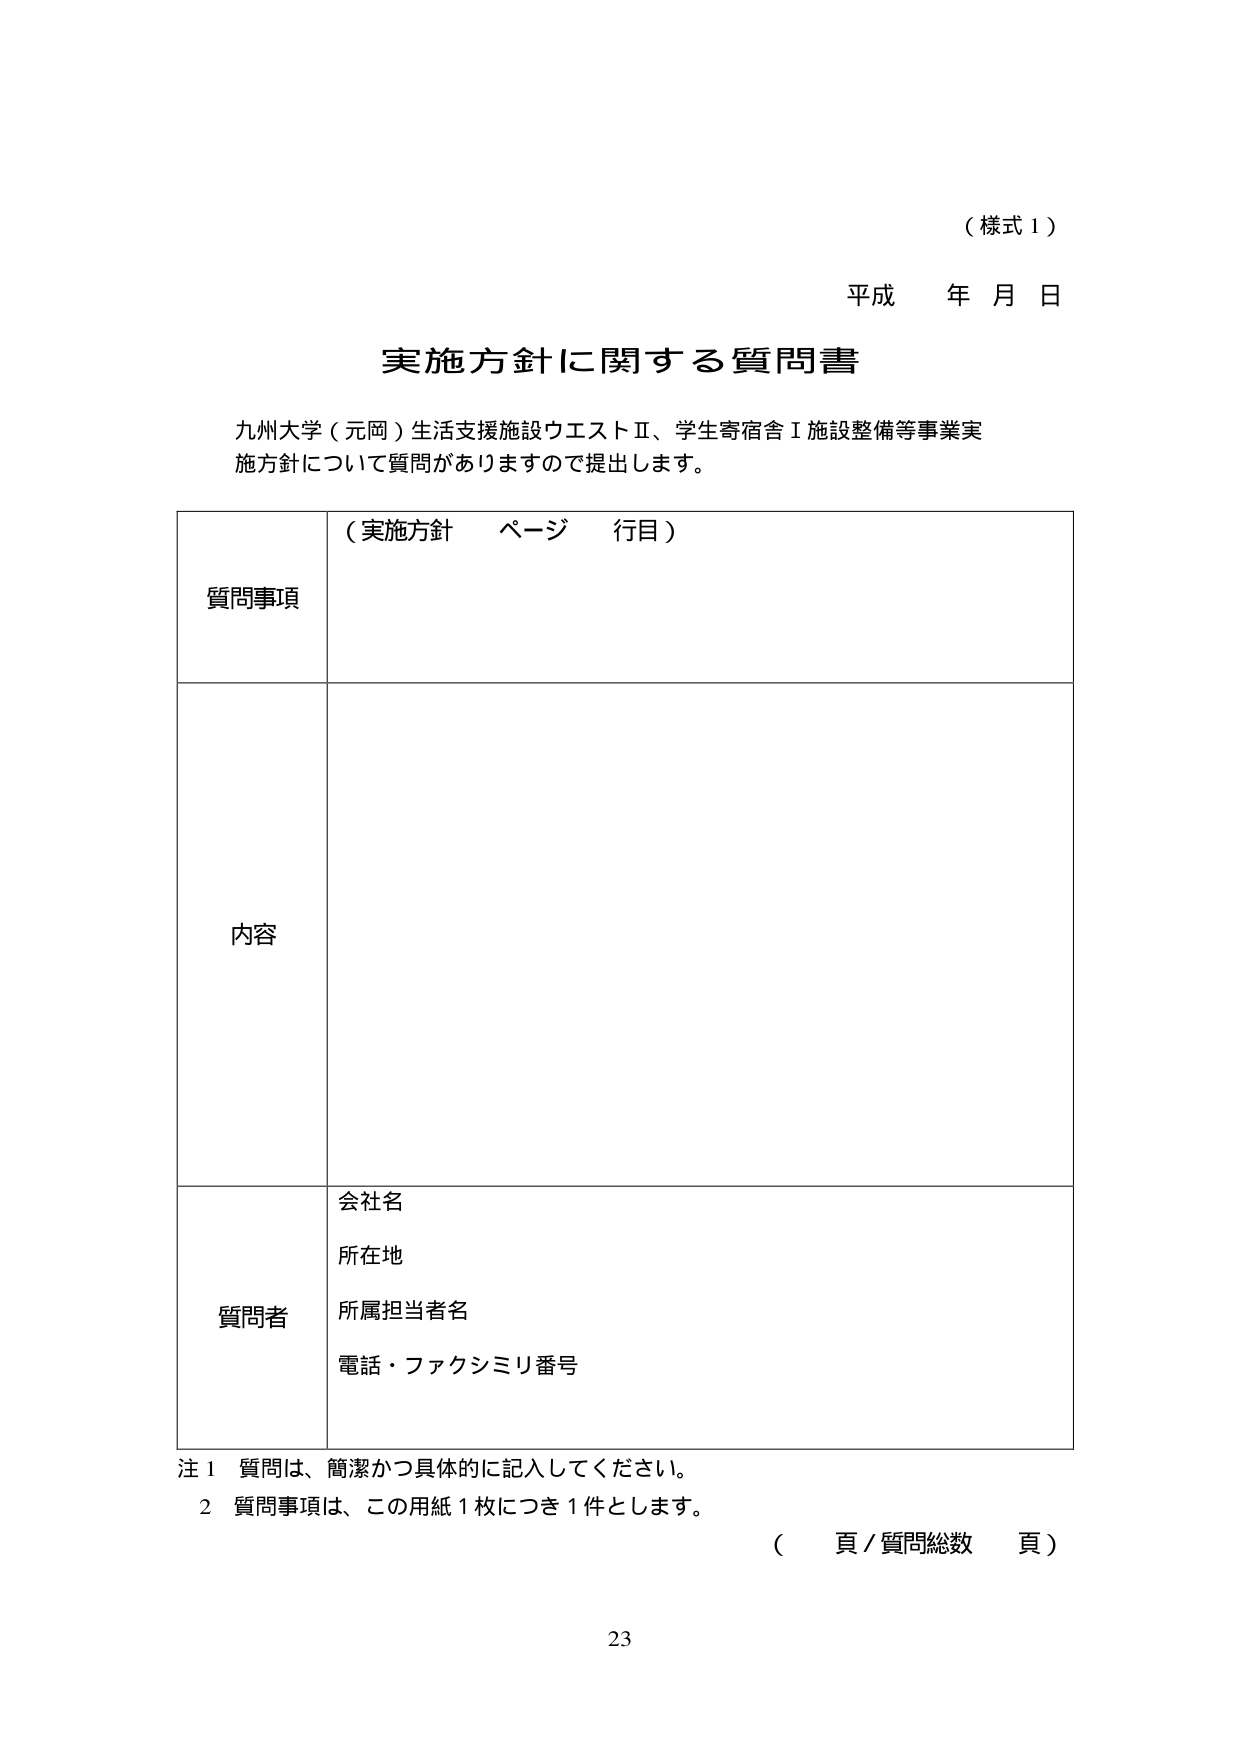
（様式１）

平成 年 月 日

実施方針に関する質問書

九州大学（元岡）生活支援施設ウエストⅡ、学生寄宿舎Ⅰ施設整備等事業実施方針について質問がありますので提出します。

質問事項 （実施方針 ページ 行目）

内容

質問者 会社名
所在地
所属担当者名
電話・ファクシミリ番号

注１ 質問は、簡潔かつ具体的に記入してください。
２ 質問事項は、この用紙１枚につき１件とします。
（　頁／質問総数　頁）

23